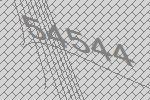
54544